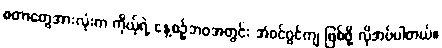
စတာတွေအားလုံးက ကိုယ့်ရဲ့ နေ့စဉ်ဘဝအတွင်း အံဝင်ဂွင်ကျ ဖြစ်ဖို့ လိုအပ်ပါတယ်။